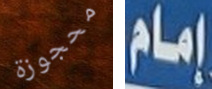
محجوزة إمام